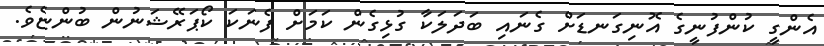
އެންގީ ކުންފުނީގެ އޮނިގަނޑަށް ގެނައި ބަދަލަކާ ގުޅިގެން ކަމަށް ފެނަކަ ކޯޕަރޭޝަނުން ބުންޏެވެ.